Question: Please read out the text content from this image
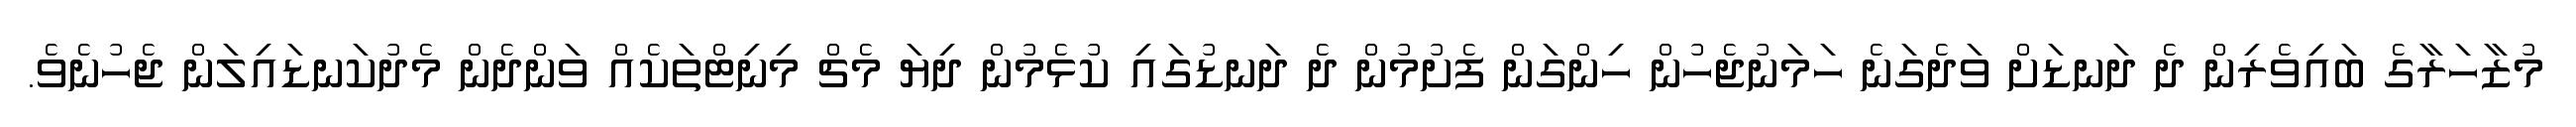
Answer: މުޒާހަރާގެ ބައިވެރިން ދެ ދަނޑަށް ވަދެގަނެ ހަމަނުޖެހުން ހިންގަން ފެށުމުން ދެ ދަނޑުގައި ކުޅެމުން ދިޔަ މެޗް މިނިޓްތަކެއް ވަންދެން މެދުކަނޑައިލަން ޖެހުނެވެ.